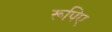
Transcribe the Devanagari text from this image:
रूपिए